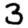
Digit: 3